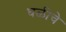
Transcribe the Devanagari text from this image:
घळीचे